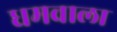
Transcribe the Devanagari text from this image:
धमवाला